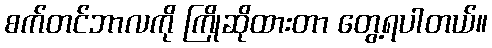
စက်တင်ဘာလကို ကြိုဆိုထားတာ တွေ့ရပါတယ်။